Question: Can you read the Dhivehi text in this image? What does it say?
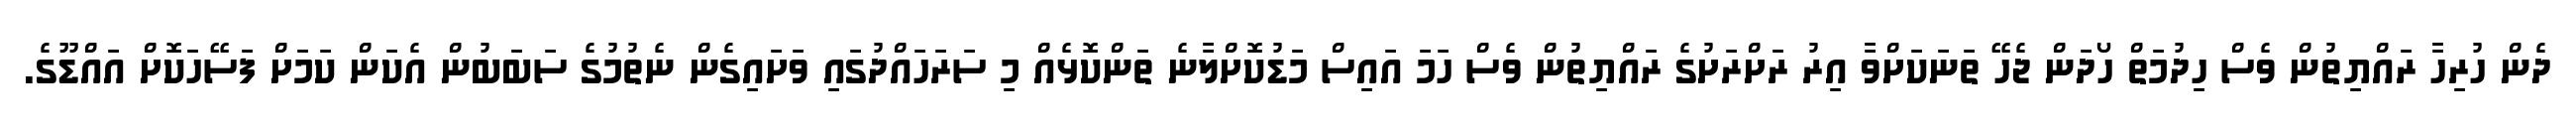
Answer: ދެން ހުރިހާ ރައްޔިތުން ވެސް ހިދުމަތް ހޯދަން ޖެހޭ ތަނަކަށްވާ އިރު ރަށްރަށުގެ ރައްޔިތުން ވެސް ހަމަ އައިސް މަޑުކޮށްލާނެ ތަންކޮޅެއް މި ސަރަހައްދުގައި ވަށައިގެން ނެތުމުގެ ސަބަބުން އެކަން ކަމަށް ފަސޭހަކޮށް އައްޑޫގެ.